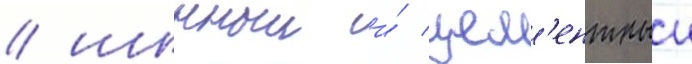
/ шинныи и́ цем'ентныи